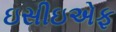
ઇસીઇએફ